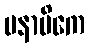
မနာပိကေ